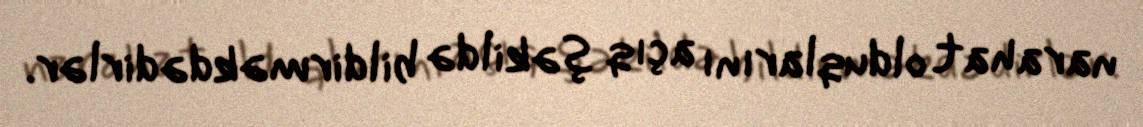
narahat olduqlarını açıq şəkildə bildirməkdədirlər.